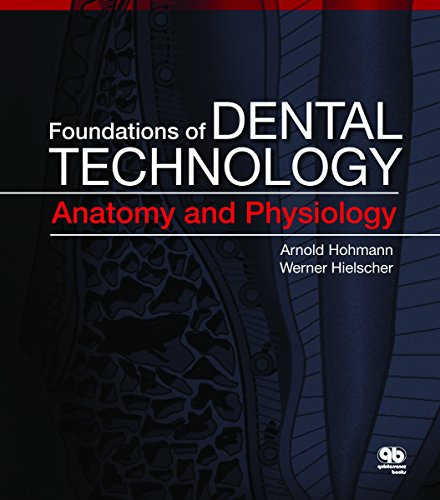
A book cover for Foundations of Dental Technology, Volume 1: Anatomy and Physiology; Arnold Hohmann; Medical Books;